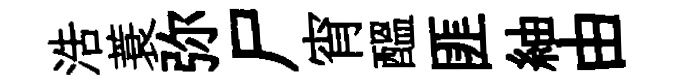
浩蓑弥尸宵醖匪紬由